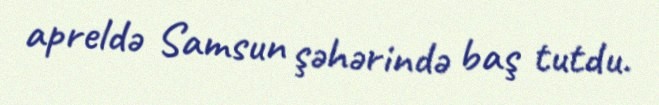
apreldə Samsun şəhərində baş tutdu.